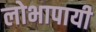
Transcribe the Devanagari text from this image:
लोभापायी